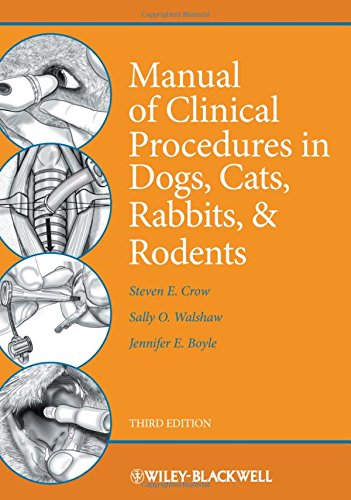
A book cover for Manual of Clinical Procedures in Dogs, Cats, Rabbits, and Rodents; Steven E. Crow; Crafts, Hobbies & Home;